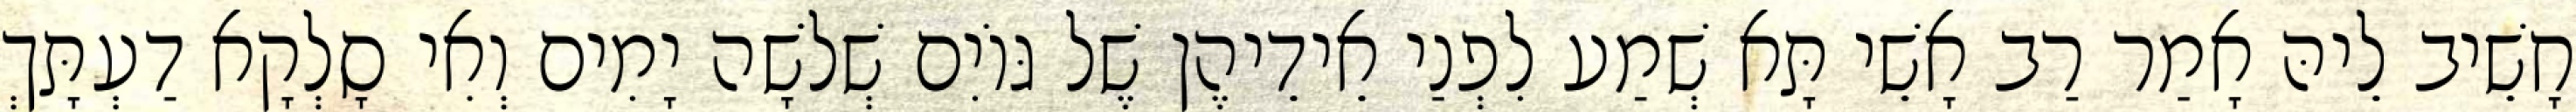
חָשֵׁיב לֵיהּ אָמַר רַב אָשֵׁי תָּא שְׁמַע לִפְנַי אֵידֵיהֶן שֶׁל גּוֹיִם שְׁלֹשָׁה יָמִים וְאִי סָלְקָא דַעְתָּךְ